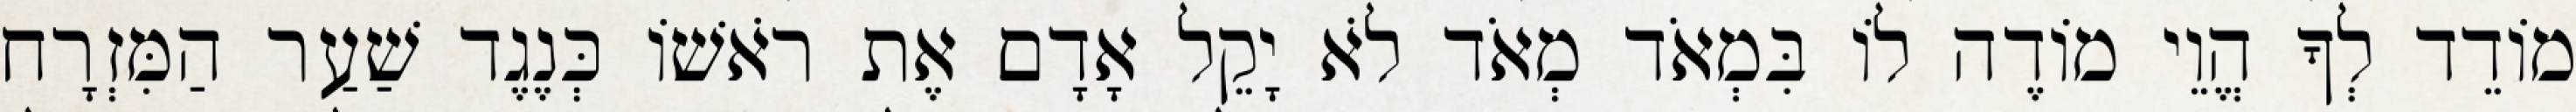
מוֹדֵד לְךָ הֱוֵי מוֹדֶה לוֹ בִּמְאֹד מְאֹד לֹא יָקֵל אָדָם אֶת רֹאשׁוֹ כְּנֶגֶד שַׁעַר הַמִּזְרָח